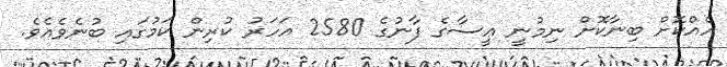
އެއްކޮށް ބިނާކޮށް ނިމުނީ ޢީސާގެ ފާނުގެ 2580 އަހަރު ކުރިން ކަމުގައި ބުނެވެއެވެ.